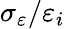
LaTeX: \sigma_{\varepsilon}/\varepsilon_{i}